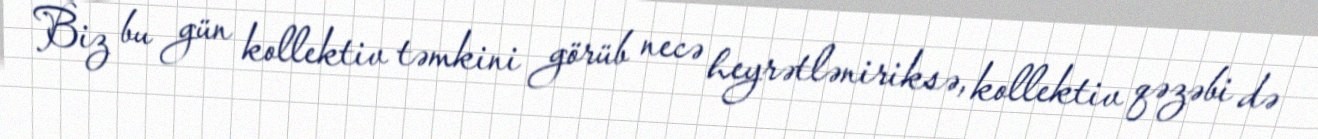
Biz bu gün kollektiv təmkini görüb necə heyrətləniriksə, kollektiv qəzəbi də